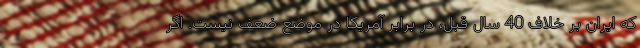
که ایران بر خلاف 40 سال قبل، در برابر آمریکا در موضع ضعف نیست. اگر